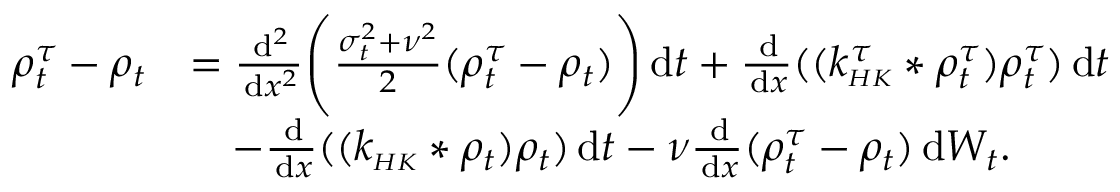
\begin{array} { r l } { \rho _ { t } ^ { \tau } - \rho _ { t } } & { = \frac { \, \mathrm { d } ^ { 2 } } { \, \mathrm { d } x ^ { 2 } } \Bigg ( \frac { \sigma _ { t } ^ { 2 } + \nu ^ { 2 } } { 2 } ( \rho _ { t } ^ { \tau } - \rho _ { t } ) \Bigg ) \, \mathrm { d } t + \frac { \, \mathrm { d } } { \, \mathrm { d } x } ( ( k _ { \scriptscriptstyle { H K } } ^ { \tau } * \rho _ { t } ^ { \tau } ) \rho _ { t } ^ { \tau } ) \, \mathrm { d } t } \\ & { \quad - \frac { \, \mathrm { d } } { \, \mathrm { d } x } ( ( k _ { \scriptscriptstyle { H K } } * \rho _ { t } ) \rho _ { t } ) \, \mathrm { d } t - \nu \frac { \, \mathrm { d } } { \, \mathrm { d } x } ( \rho _ { t } ^ { \tau } - \rho _ { t } ) \, \mathrm { d } W _ { t } . } \end{array}